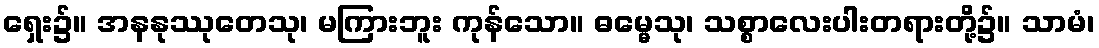
ရှေး၌။ အနနုဿုတေသု၊ မကြားဘူး ကုန်သော။ ဓမ္မေသု၊ သစ္စာလေးပါးတရားတို့၌။ သာမံ၊